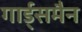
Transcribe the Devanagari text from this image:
गार्ड्समैन